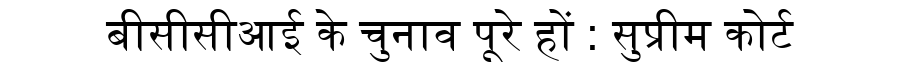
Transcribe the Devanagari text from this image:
बीसीसीआई के चुनाव पूरे हों : सुप्रीम कोर्ट